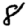
Digit: 8